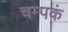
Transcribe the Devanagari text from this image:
चम्पकं